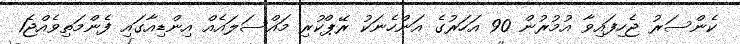
ކެންސަރު ޖެހިފައިވާ އުމުރުން 90 އަހަރުގެ އަންހެނަކު ރޭޕްކުރި މައްސަލައެއް އިންޑިއާގައި ފެންމަތިވެއްޖެ1